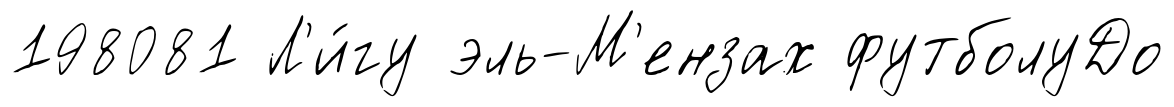
198081 Л'и́гу эль-М'ензах футболуДо